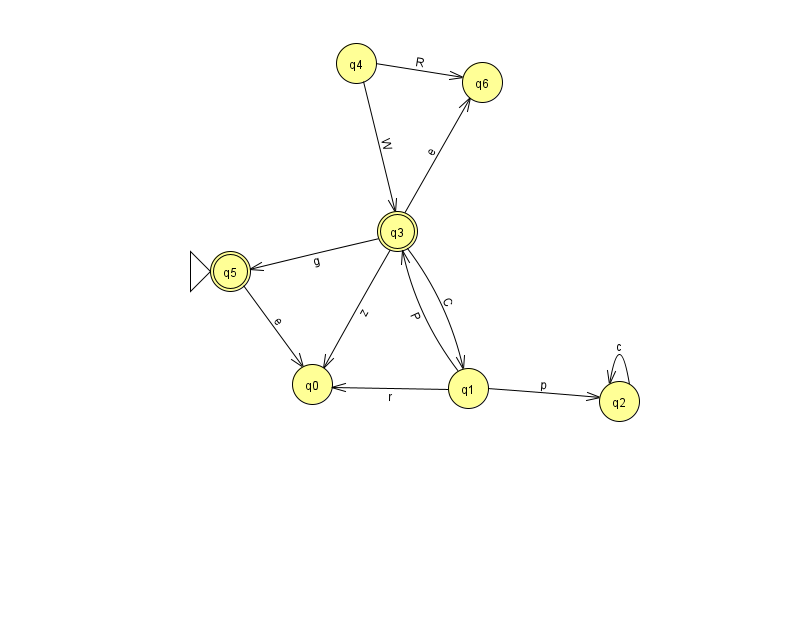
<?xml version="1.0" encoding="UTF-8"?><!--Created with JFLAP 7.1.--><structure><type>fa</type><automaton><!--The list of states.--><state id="0" name="q0"><x>312.0</x><y>371.0</y></state><state id="1" name="q1"><x>468.0</x><y>375.0</y></state><state id="2" name="q2"><x>619.0</x><y>388.0</y></state><state id="3" name="q3"><x>397.0</x><y>218.0</y><final/></state><state id="4" name="q4"><x>356.0</x><y>50.0</y></state><state id="5" name="q5"><x>230.0</x><y>258.0</y><initial/><final/></state><state id="6" name="q6"><x>482.0</x><y>69.0</y></state><!--The list of transitions.--><transition><from>1</from><to>0</to><read>r</read></transition><transition><from>5</from><to>0</to><read>e</read></transition><transition><from>2</from><to>2</to><read>c</read></transition><transition><from>3</from><to>6</to><read>e</read></transition><transition><from>1</from><to>2</to><read>p</read></transition><transition><from>3</from><to>0</to><read>z</read></transition><transition><from>4</from><to>6</to><read>R</read></transition><transition><from>3</from><to>1</to><read>C</read></transition><transition><from>1</from><to>3</to><read>P</read></transition><transition><from>3</from><to>5</to><read>g</read></transition><transition><from>4</from><to>3</to><read>W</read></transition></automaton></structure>